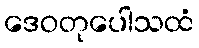
ဒေဝတုပေါသထံ